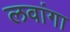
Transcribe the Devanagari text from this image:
लवांगा